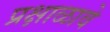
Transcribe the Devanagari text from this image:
प्रक्षाळावे